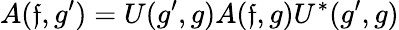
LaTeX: A(\mathfrak{f},g^{\prime})=U(g^{\prime},g)A(\mathfrak{f},g)U^{*}(g^{\prime},g)